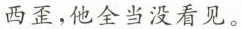
西歪，他全当没看见。